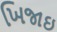
ખિજાઇ